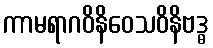
ကာမရာဂဝိနိဝေသဝိနိဗဒ္ဓ